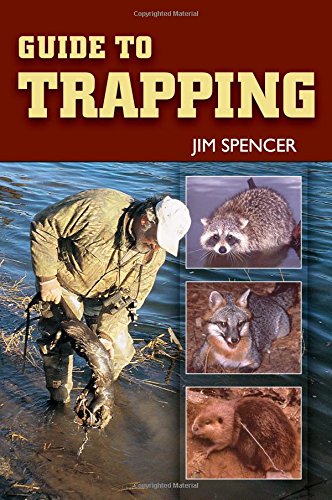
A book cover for Guide to Trapping; Jim Spencer; Sports & Outdoors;